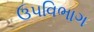
ઉપવિભાગ